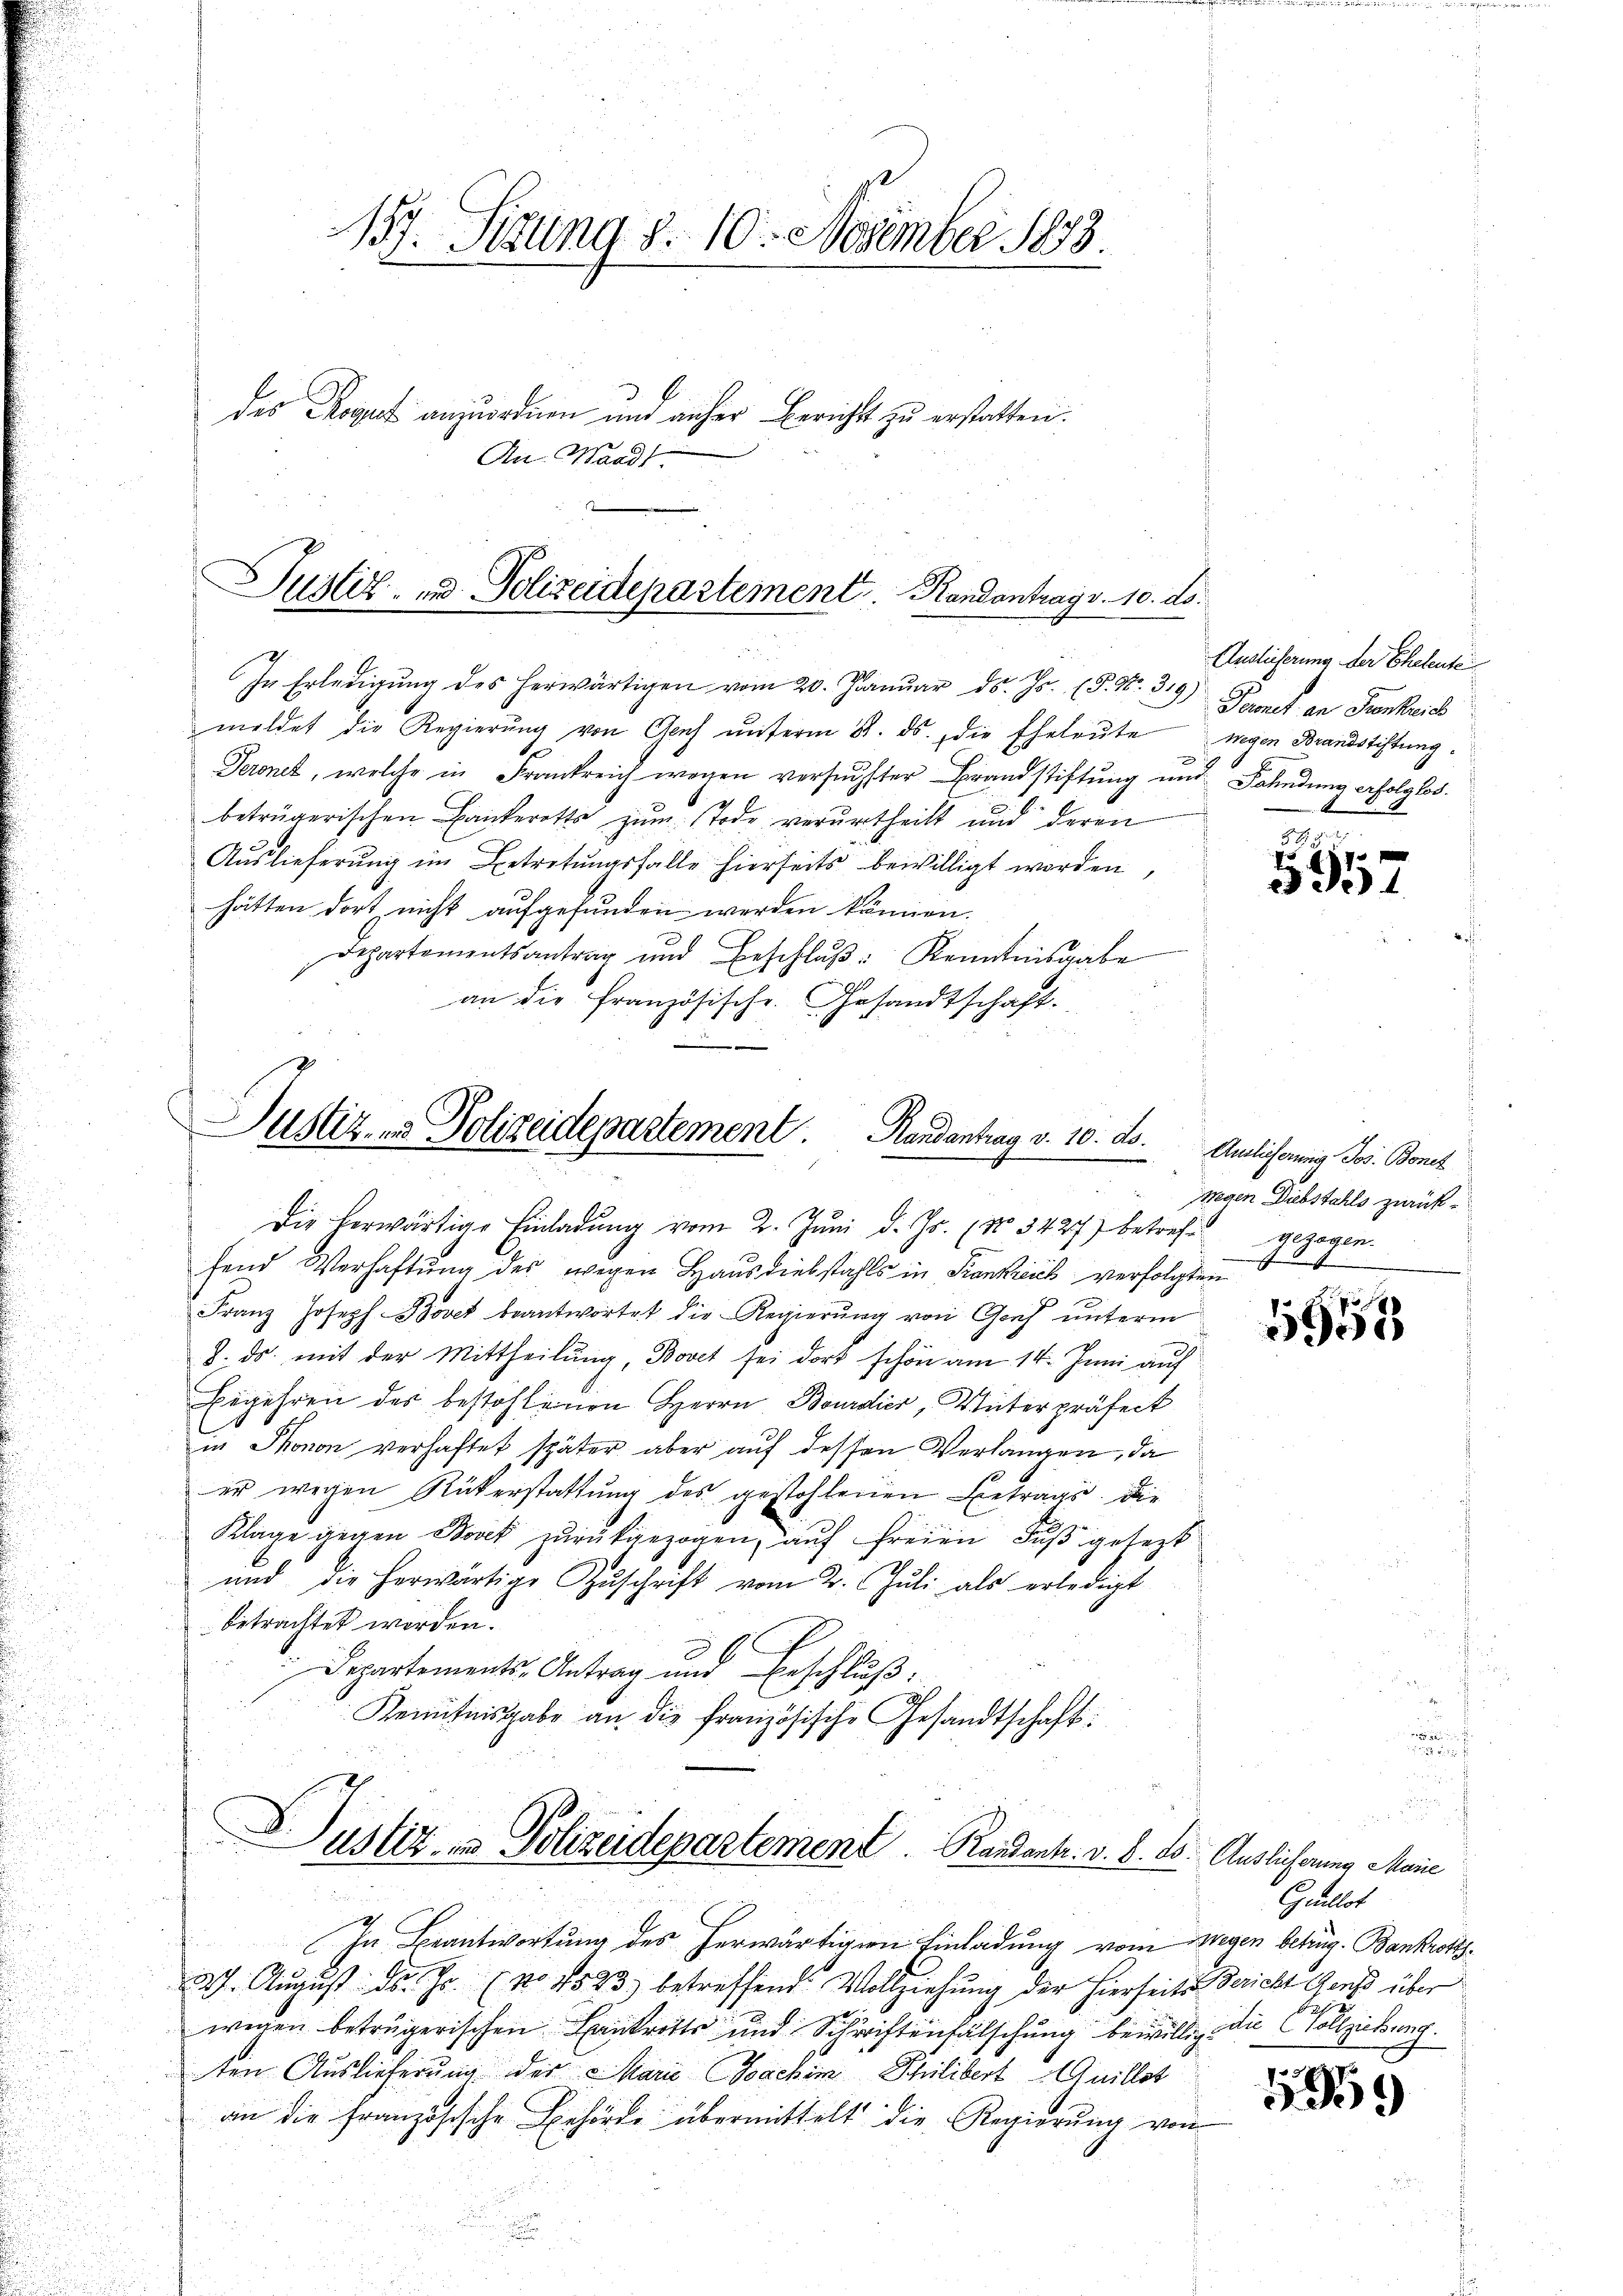
157. Sitzung d. 10. November 1858.
des Rogut anzuordnen und anher Berichts zu erstatten.
An Waadt

Justiz- & Polizeidepartement. Randantrag v. 10. ds.

In Erledigung des herwärtigen vom 20. Januar ds. Js. (§. N. 319) Fernet an Frankreis
meldet die Regierŭng von Genf ŭnterm 8. ds. die Eheleŭte
Teronet, welche in Frankreich wegen versuchster Brandstiftung und Fahndung erfolglos.
betrügerischen Bankerotts zum Tode verurtheilt und deren
Auslieferung im Betretungsfalle hierseits bewilligt worden,
hätten dort nicht aufgefunden werden können.
Departementsantrag und Beschlŭβ: Kenntnisgabe
an die französische Gesandtschaft.

Justiz- & Polizeidepartement. Randantrag v. 10. ds.
2

Die herwärtige Einladŭng vom 2. Juni d. Js. (No 5427) betreff gezogen.
fend Verhaftung des wegen Hausdiebstahls in Frankreich verfolgten
Franz Joseph-Bovet beantwortet die Regierung von Genf unterm
8. ds. mit der Mittheilŭng, Bovet sei dort schön am 14. Juni auf
Eegehren des bestohlenen Herrn Bourdier, Unterpräfect
in Phonon verhaftet später aber aŭf dessen Verlangen, da
er wegen Rükerstattung des gestohlenen Betrags. Die
Klage gegen Borck zurückgezogen, auf freien Fuß gesezt
und die herwärtige Zŭschrift vom 2. Jŭli als erledigt
betrachtet worden.
c
Departements-Antrag und Beschluß:
Kenntnisgabe an die französische Gesandtschaft:
Justiz- & Polizeidepartement Randant. v. 8. ds. Auslicherung Maie
e
In Beantwortung des herwärtigen Einladung vom Wegen betrug. Bankrot¬
27. August d. Js. (No 1523) betreffend Vollziehung der hierseits Bericht Gens über
2
wegen betrügerischen Lantritts und Schriftenfälschung bewillig die Vollzieh
ten Auslieferung der Maria Joachim Philibert Guillst
an die französische Behörde übermittelt die Regierung von

Auslieferung der Ehetente
wegen Brandstiftung.

1
d
.
357

Auslieferung Jos. Bonet
Wegen Diebstahls zurück¬

1953

Sutert

19